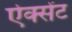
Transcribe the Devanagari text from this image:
ऐक्सेंट